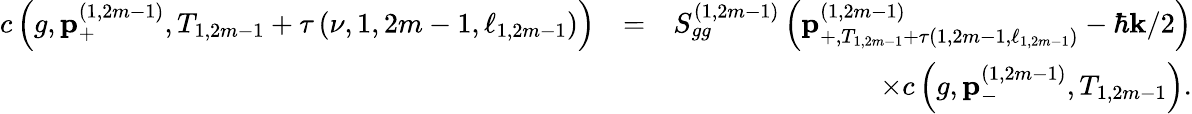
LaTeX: \begin{array}{rlr}{c\left(g,\mathbf{p}_{+}^{\left(1,2m-1\right)},T_{1,2m-1}+\tau\left(\nu,1,2m-1,\ell_{1,2m-1}\right)\right)}&{=}&{S_{gg}^{\left(1,2m-1\right)}\left(\mathbf{p}_{+,T_{1,2m-1}+\tau\left(1,2m-1,\ell_{1,2m-1}\right)}^{\left(1,2m-1\right)}-\hbar\mathbf{k}/2\right)}\\ &{}&{\times c\left(g,\mathbf{p}_{-}^{\left(1,2m-1\right)},T_{1,2m-1}\right).}\end{array}